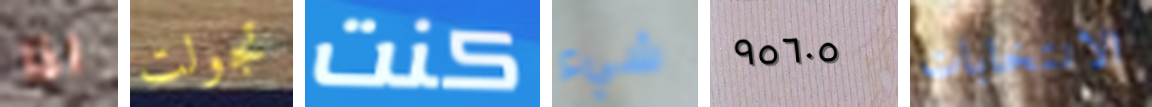
اذا تجولت كنت شيء ٩٥٦٠٥ الانتخابات